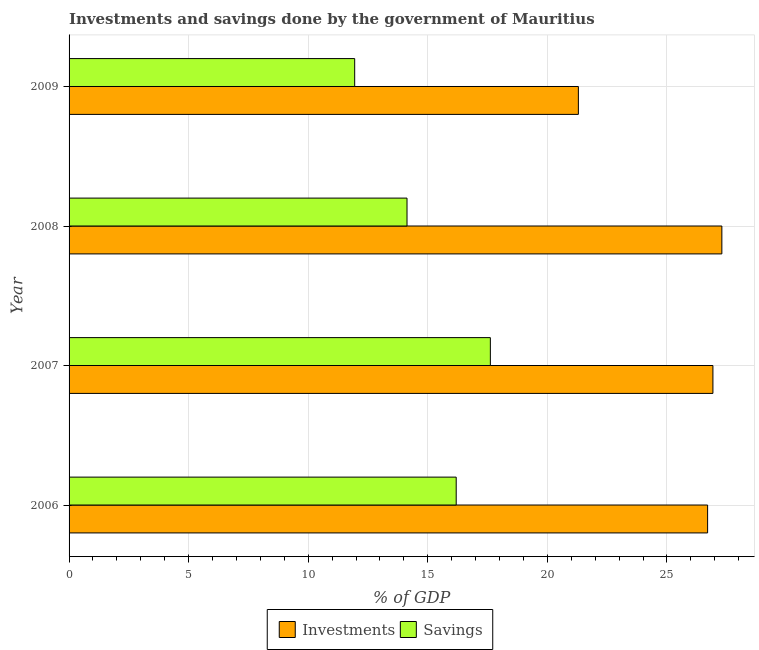
| Year | Investments | Savings |
 | --- | --- | --- |
 | 2006 | 26.7 | 16.2 |
 | 2007 | 26.9 | 17.6 |
 | 2008 | 27.3 | 14.1 |
 | 2009 | 21.3 | 11.9 |